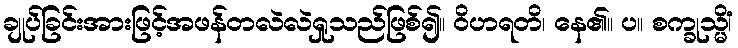
ချုပ်ခြင်းအားဖြင့်အဖန်တလဲလဲရှုသည်ဖြစ်၍။ ဝိဟရတိ၊ နေ၏။ ပ။ စက္ခုသ္မိံ၊